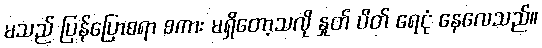
မသည် ပြန်ပြောစရာ စကား မရှိတော့သလို နှုတ် ပိတ် ရေငုံ နေလေသည်။